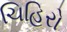
ચિહિરો